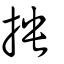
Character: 抰